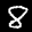
Label: 8